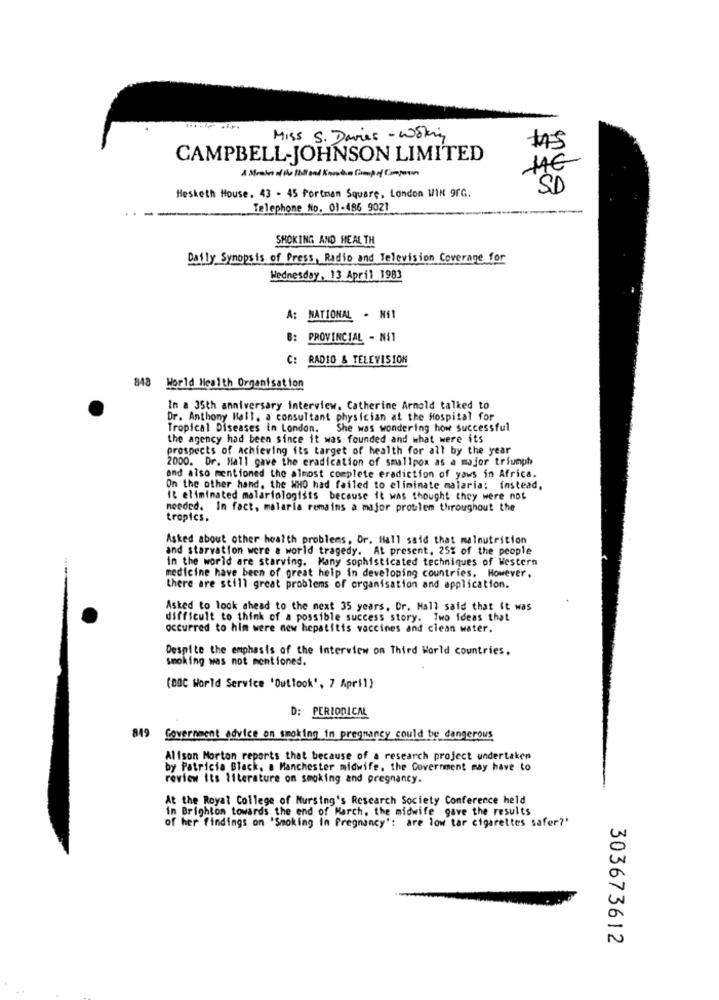
Miss S. Davies - Woking
$
CAMPBELL-JOHNSON LIMITED
SD
Hesketh House. 43 - 45 Portman Square, London WIN 9fG.
Telephone No. 01-486 9021
SMOKING AND HEALTH
Daily Synopsis of Press, Radio and Television Coverage for
Wednesday, 13 April 1983
A: NATIONAL - NEI
B:
PROVINCIAL - NET
C:
RADIO & TELEVISION
848 World Health Organisation
In a 35th anniversary interview, Catherine Arnold talked to
Dr. Anthony Mall. a consultant physician at the Hospital for
Tropical Diseases in London. She was wondering how successful
the agency had been since it was founded and what were its
prospects of achieving its target of health for all by the year
2000. Dr. Mall gave the eradication of smallpox as a major triumph
and also mentioned the almost complete eradiction of yaus in Africa.
On the other hand, the WHO had failed to eliminate malaria; instead,
It eliminated malariologists because it was thought they were not
needed. In fact, malarla remains a major problem throughout the
tropics.
Asked about other health problems, Or. Hall said that malnutrition
and starvation were a world tragedy. At present, 25% of the people
in the world are starving. Many sophisticated techniques of Western
medicine have been of great help in developing countries. However,
there are still great problems of organisation and application.
Asked to look ahead to the next 35 years. Dr. Mall said that it was
difficult to think of a possible success story. Two ideas that
occurred to him were new hepatitis vaccines and clean water.
Despite the emphasis of the interview on Third World countries.
smoking was not mentioned.
(BBC World Service 'Outlook', 7 April)
D: PERIODICAL
849 Government advice on smoking in pregnancy could be dangerous
Alison Morton reports that because of a research project undertaken
by Patricia Black, a Manchester midwife, the Government may have to
review its literature on smoking and pregnancy.
At the Royal College of Nursing's Research Society Conference held
in Brighton towards the end of March, the midwife gave the results
of her findings on 'Smoking in Pregnancy': are low tar cigarettes safer?'
303673612